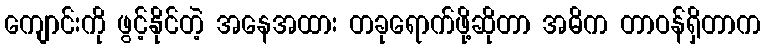
ကျောင်းကို ဖွင့်နိုင်တဲ့ အနေအထား တခုရောက်ဖို့ဆိုတာ အဓိက တာဝန်ရှိတာက